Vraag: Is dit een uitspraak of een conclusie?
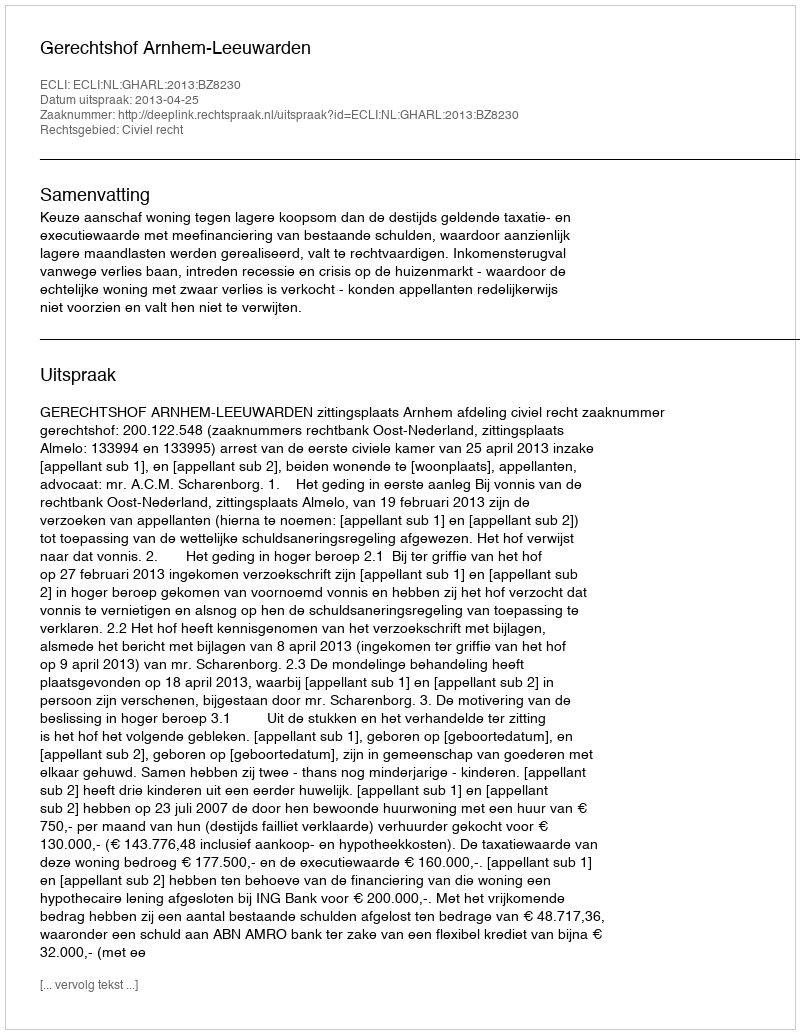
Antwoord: Uitspraak